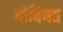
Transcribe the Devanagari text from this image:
पोवियत